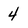
Character: 4